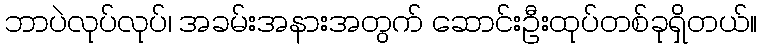
ဘာပဲလုပ်လုပ်၊ အခမ်းအနားအတွက် ဆောင်းဦးထုပ်တစ်ခုရှိတယ်။